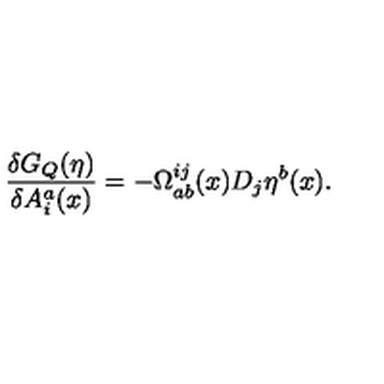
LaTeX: \frac { \delta G _ { Q } ( \eta ) } { \delta A _ { i } ^ { a } ( x ) } = - \Omega _ { a b } ^ { i j } ( x ) D _ { j } \eta ^ { b } ( x ) .